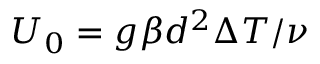
U _ { 0 } = g \beta d ^ { 2 } \Delta T / \nu